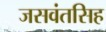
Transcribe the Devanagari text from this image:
जसवंतसिह